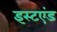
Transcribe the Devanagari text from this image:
इस्टएंड